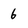
Character: 6